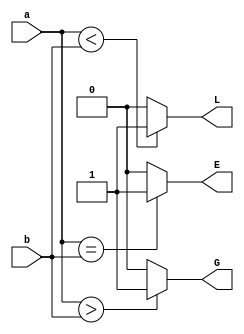
//Design a 4BIT Comparator using 2BIT Comparator
// verilog code for 2 bit comparator 

module comp_2bit(a,b,G,L,E);
  input [1:0]a,b;
  output G,L,E;
  
  assign G = (a>b) ? 1:0;
  assign L = (a<b) ? 1:0;
  assign E = (a==b) ? 1:0;
endmodule

//Verilog code for 4 bit comparator using 2 bit comparator
module comp_4bit(a,b,G,L,E);
  input [3:0]a,b;
  output G,L,E;
  wire G1,G2,L1,L2,E1,E2;
  wire w1,w2,w3;
  
  comp_2bit dut1(a[3:2],b[3:2],G1,L1,E1);
  comp_2bit dut2(a[1:0],b[1:0],G2,L2,E2);
  
  assign G = (E1&G2)|G1;
  assign L = (E1&L2)|L1;
  assign E = (E1&E2);
  

endmodule